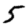
Digit: 5